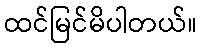
ထင်မြင်မိပါတယ်။